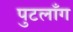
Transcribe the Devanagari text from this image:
पुटलाँग